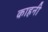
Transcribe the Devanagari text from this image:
काहनी